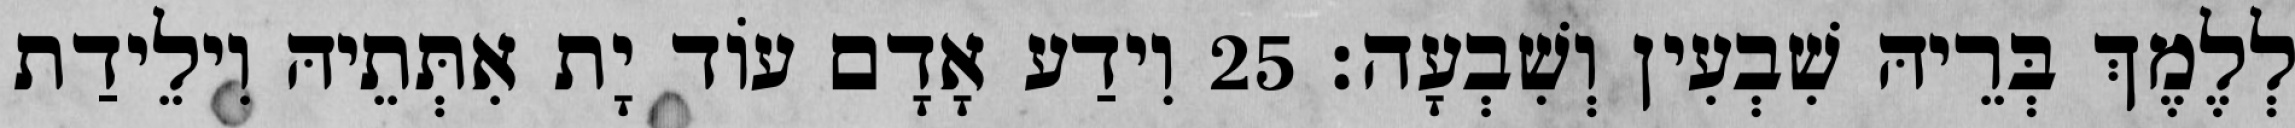
לְלֶמֶךְ בְּרֵיהּ שִׁבְעִין וְשִׁבְעָה׃ 25 וִידַע אָדָם עוֹד יָת אִתְּתֵיהּ וִילֵידַת